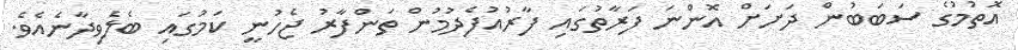
އޮތުމުގެ ސަބަބުން ދަށަށް އޮންނަ ފަރާތުގައި ފާރުއުފެދުމުން ތަންފާރު ޖެހުނީ ކަމުގައި ބެލެވިދާނެއެވެ.